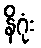
နိဂုံး